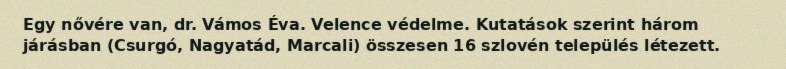
Egy nővére van, dr. Vámos Éva. Velence védelme. Kutatások szerint három járásban (Csurgó, Nagyatád, Marcali) összesen 16 szlovén település létezett.